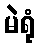
မဲရုံ